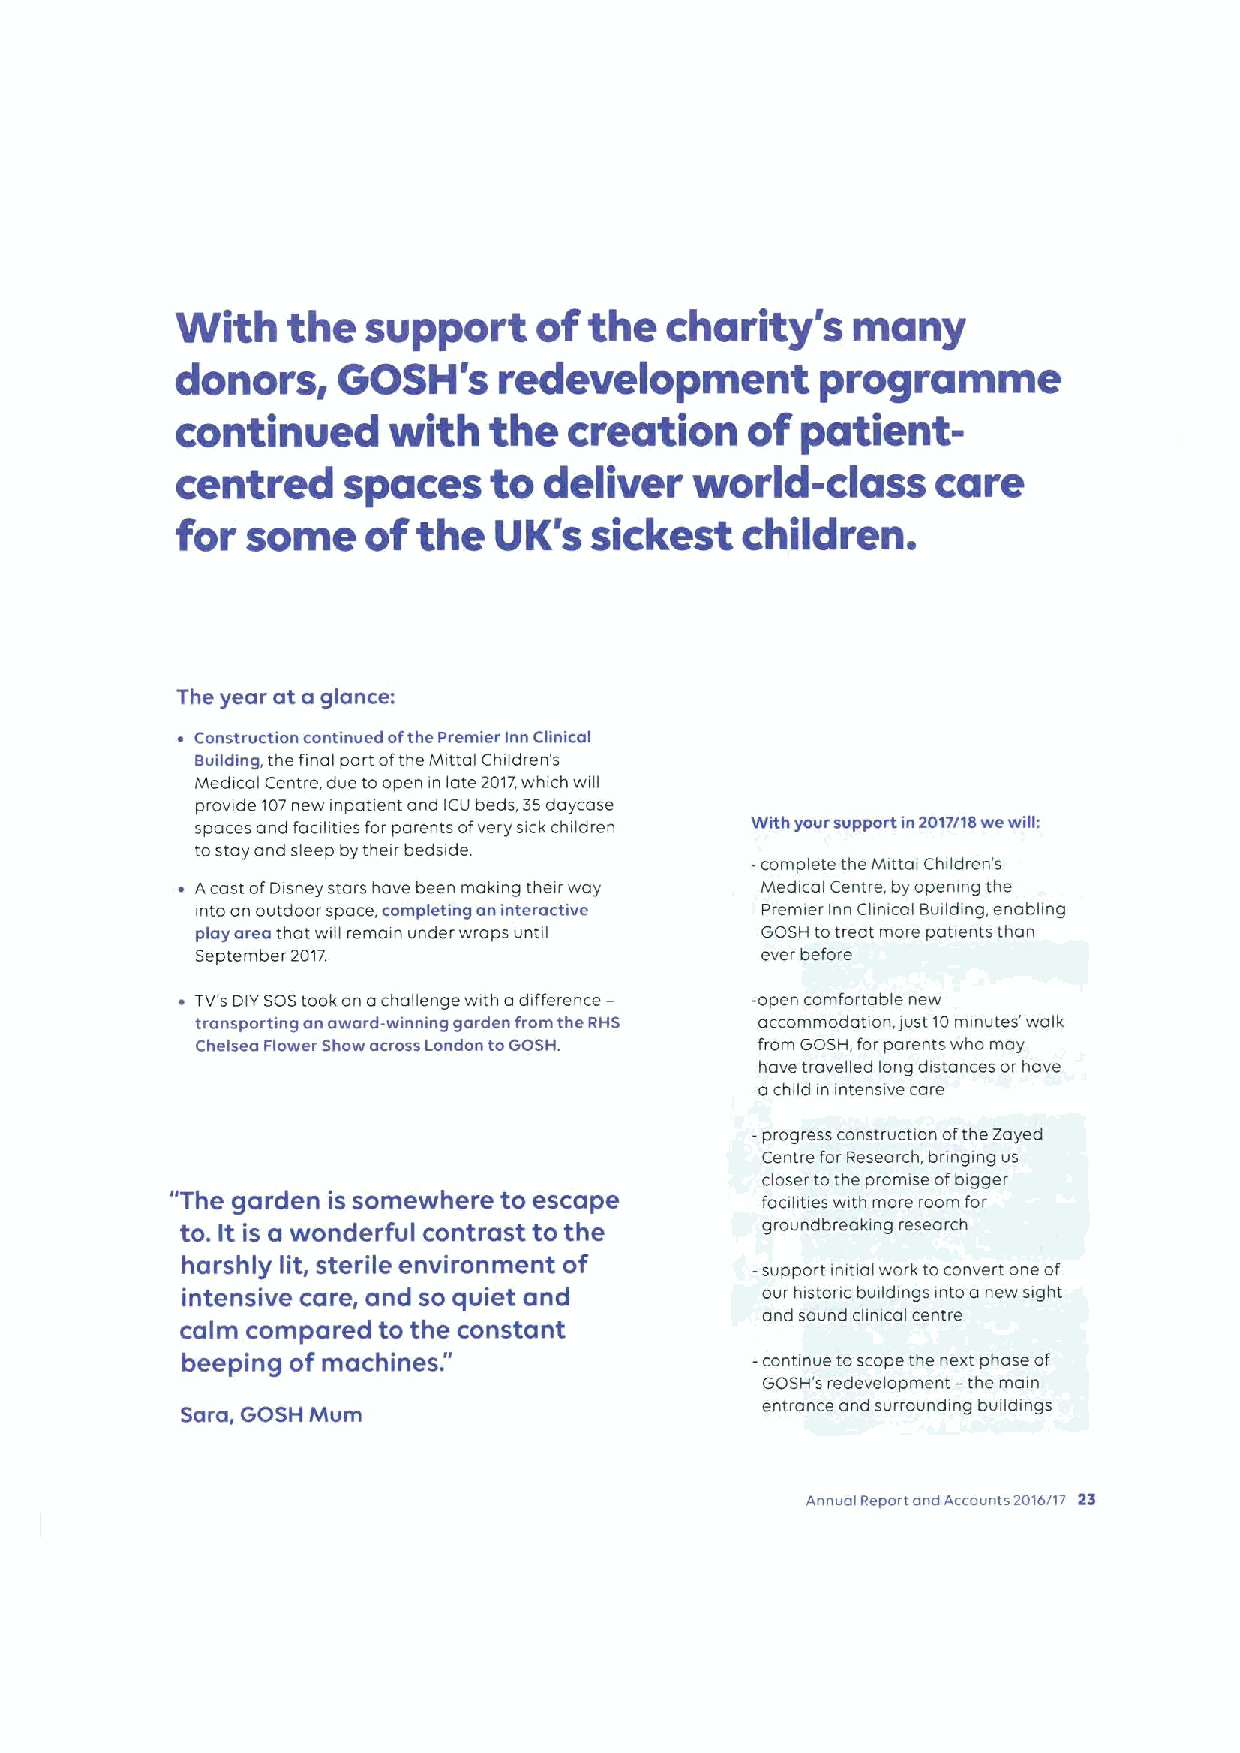
With   the  support     of the  charity's   many
 donors,   GOSH's     redevelopment        programme
 continued     with  the   creation    of patient-
 centred    spaces   to  deliver   world-class     care
 for some    of  the  UK's  sickest   children.
 The year at a glance:
 Construction continued ofthe Premier inn Clinical
 Building, the final part ofthe Mittal Children' s
 Medical Centre, due to open in late 2017which will
 prowde 107new inpatient and ICU beds, 35daycase
 spaces and faalities for parents ofvery sick children With your support in2017/18we will:
 tostay and sleep by their bedside.
 -complete the Mittal Children' s
 Acast ofDisney stars have been making their way Medical Centre, by opening the
 into an outdoor space, completing an interactive premier Inn Cknical Building, enabling
 play area that will remain under wraps until GOSH totreat more patients than
 September 2017.                      ever before
 Tt/'s DIYSOStook on achallenge with adifference— -open comfortable new
 transporting an award-winning garden from the RH3 accommodation, just10 minutes'walk
 Chelsea Flower Show across London toGOSH. from GOSH, for parents who may
 have travelled long distances or have
 achild in intensive care
 -progress construction ofthe Zayed
 Centre far Research, bringing us
 closer tothe promise ofbigger
 "The garden is somewhere to escape     facilities with more room for
 to. It is a wonderful contrast to the groundbreaking research
 harshly lit, sterile environment of   —support initial work toconvert one of
 intensive care, and so quiet and      our historic buildings into a new sight
 and sound clinicol centre
 calm compared to the constant
 "
 beeping of machines.                  —conn nue toscope the next phase of
 GOSH's redevelopment —the main
 Sara, GOSH Mt/m                       entrance and surrounding buildings
 Annual Report and Accounts2016/17 23